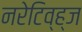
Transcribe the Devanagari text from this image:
नरेटिव्ह्ज